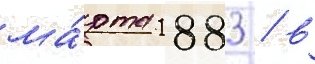
ма́рта 1883 / в